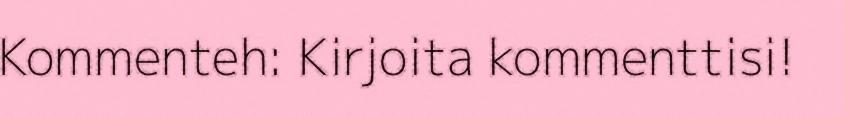
Kommenteh: Kirjoita kommenttisi!